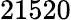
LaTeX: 21520